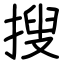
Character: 搜